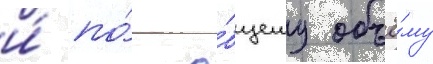
и́ по́ о́бщему объё́му